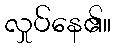
လှုပ်နေ၏။